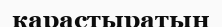
карастыратын